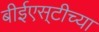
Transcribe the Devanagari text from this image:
बीईएस्‌टीच्या